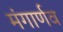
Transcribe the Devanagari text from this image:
मंगार्णव